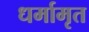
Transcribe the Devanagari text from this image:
धर्मामृत